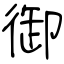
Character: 御